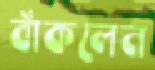
বাঁকলেন